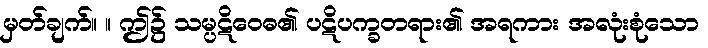
မှတ်ချက်။ ။ ဤ၌ သမ္ပဋိဝေဓ၏ ပဋိပက္ခတရား၏ အရကား အလုံးစုံသော